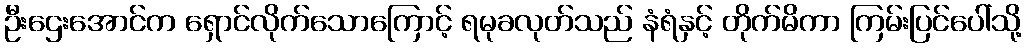
ဦးဌေးအောင်က ရှောင်လိုက်သောကြောင့် ရမုခလုတ်သည် နံရံနှင့် တိုက်မိကာ ကြမ်းပြင်ပေါ်သို့